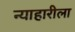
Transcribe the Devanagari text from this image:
न्याहारीला